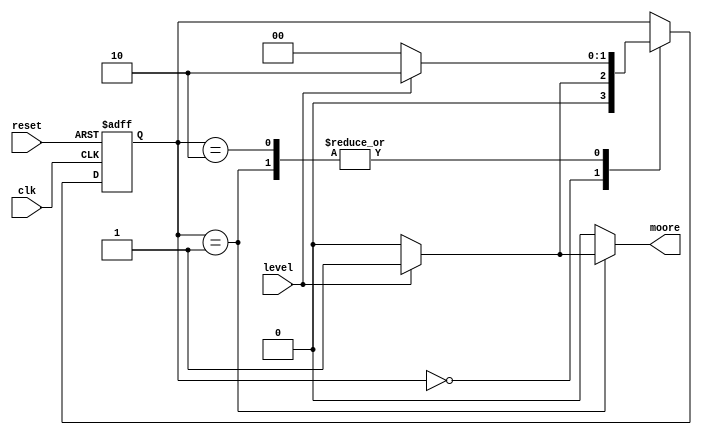
module edgedetector(clk,reset,level,moore);
  input clk,reset,level;
  output reg moore;
  localparam [1:0]
  zero=2'b00,
  spike=2'b01,
  one=2'b10;
  reg [1:0] state_reg,state_next;
  always@(posedge clk,posedge reset)
    begin
    if (reset)
      begin
      state_reg=zero;
      end
      else
        state_reg=state_next;
    end
//moore design
  always@(state_reg,level)
    begin
    state_next=state_reg;
  moore=1'b0;
  case(state_reg)
    zero:
      begin
        if(level)
      begin
      state_next=spike;
    moore = 1'b0;
      end
    else
      state_next=zero;
      end
    spike:
      begin
        if (level)
      begin
        state_next=one;
        moore =1'b1;
      end
        else
          state_next=zero;
      end
    one:begin
      if(level)
        begin
      state_next=one;
    moore=1'b0;
        end
    else
      state_next=zero;
      end
      endcase
      end
      endmodule